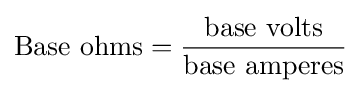
{\text{Base ohms}}={\frac {\text{base volts}}{\text{base amperes}}}